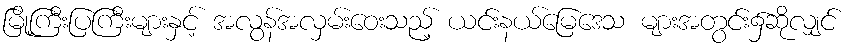
မြို့ကြီးပြကြီးများနှင့် အလွန်အလှမ်းဝေးသည့် ယင်းနယ်မြေဒေသ များအတွင်း၌ဆိုလျှင်